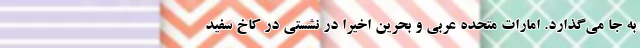
به جا می‌گذارد. امارات متحده عربی و بحرین اخیرا در نشستی در کاخ سفید